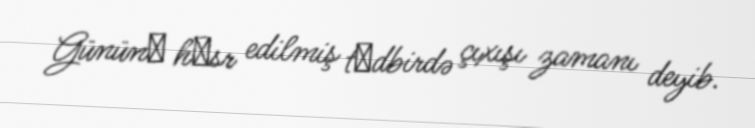
Gününә hәsr edilmiş tәdbirdə çıxışı zamanı deyib.